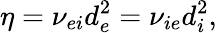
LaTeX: \eta=\nu_{ei}d_{e}^{2}=\nu_{ie}d_{i}^{2},